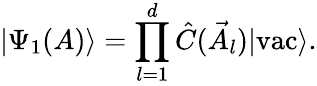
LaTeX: |\Psi_{1}(A)\rangle=\prod_{l=1}^{d}\hat{C}(\vec{A}_{l})|\textrm{vac}\rangle.